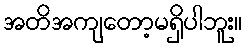
အတိအကျတော့မရှိပါဘူး။